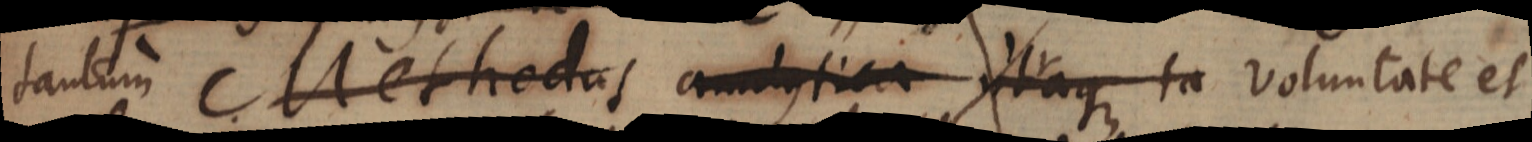
tantum Methodus analytica itaque ta voluntate et